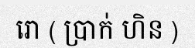
រោ ( ប្រាក់ ហិន )